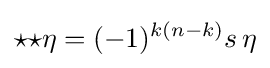
{\star }{\star }\eta =(-1)^{k(n-k)}s\,\eta